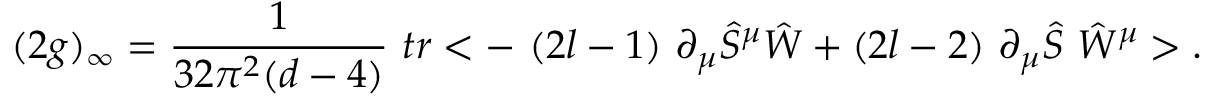
( 2 g ) _ { \infty } = \frac { 1 } { 3 2 \pi ^ { 2 } ( d - 4 ) } \ t r < - \ ( 2 l - 1 ) \ \partial _ { \mu } \hat { S } ^ { \mu } \hat { W } + ( 2 l - 2 ) \ \partial _ { \mu } \hat { S } \ \hat { W } ^ { \mu } > .